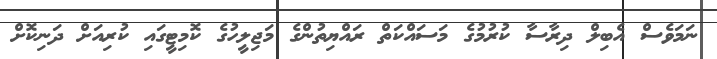
ނަމަވެސް އެބިލް ދިރާސާ ކުރުމުގެ މަސައްކަތް ރައްޔިތުންގެ މަޖިލީހުގެ ކޮމިޓީގައި ކުރިއަށް ދަނިކޮށް